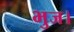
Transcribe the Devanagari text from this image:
भुज।